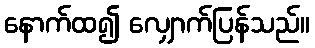
နောက်ထ၍ လျှောက်ပြန်သည်။